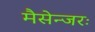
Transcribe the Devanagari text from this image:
मैसेन्जरः